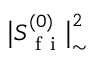
\big \lvert S _ { \mathrm { ~ f ~ i ~ } } ^ { ( 0 ) } \big \rvert _ { \sim } ^ { 2 }